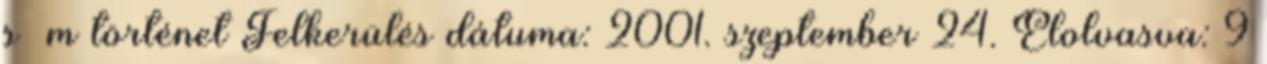
s m történet Felkerülés dátuma: 2001. szeptember 24. Elolvasva: 9